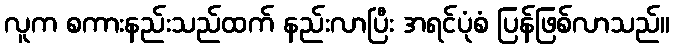
လူက စကားနည်းသည်ထက် နည်းလာပြီး အရင်ပုံစံ ပြန်ဖြစ်လာသည်။